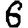
Digit: 6